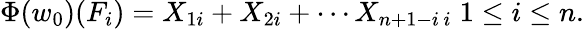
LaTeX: \Phi(w_{0})(F_{i})=X_{1i}+X_{2i}+\cdots X_{n+1-i\, i}\; 1\leq i\leq n.